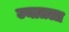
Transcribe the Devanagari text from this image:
ज्यातला